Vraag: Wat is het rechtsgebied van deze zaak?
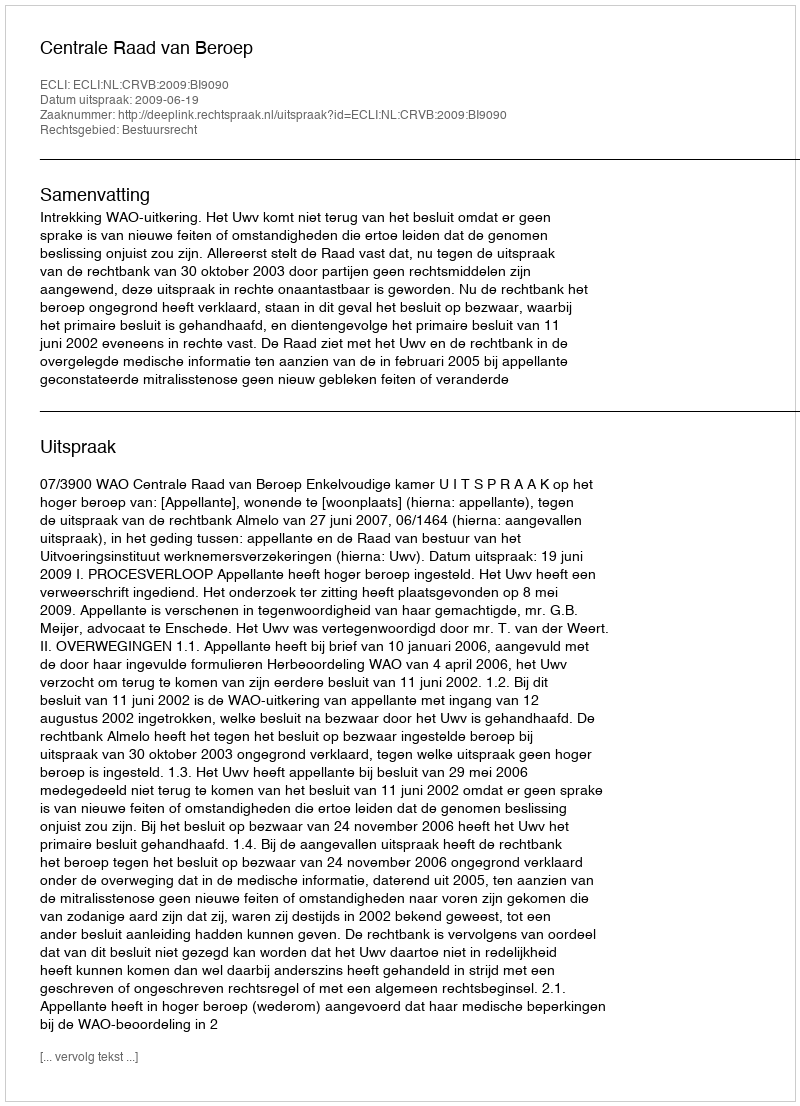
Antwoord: Bestuursrecht